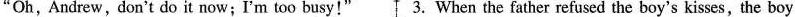
"Oh, Andrew, don't do it now;I'm too busy!" 3.When the father refused the boy's kisses,the boy